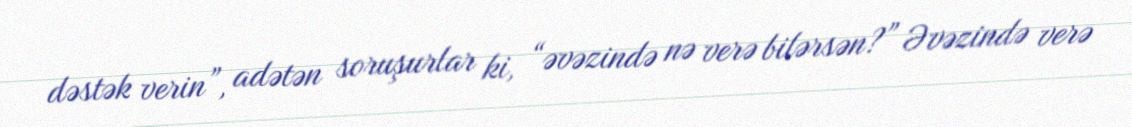
dəstək verin”, adətən soruşurlar ki, “əvəzində nə verə bilərsən?” Əvəzində verə